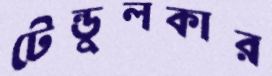
টেন্ডুলকার